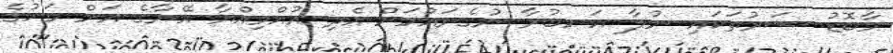
މާބޮޑު ޝަރުތަކައި ނުލާ އަނބުރާ ނުގެނައުމަށް އެދި އުއްމިއްޔާ އޭނާގެ އަށް މަހުގެ